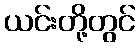
ယင်းတို့တွင်